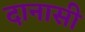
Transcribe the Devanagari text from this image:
दानासी